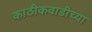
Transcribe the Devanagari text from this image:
काठीकवाडीच्या